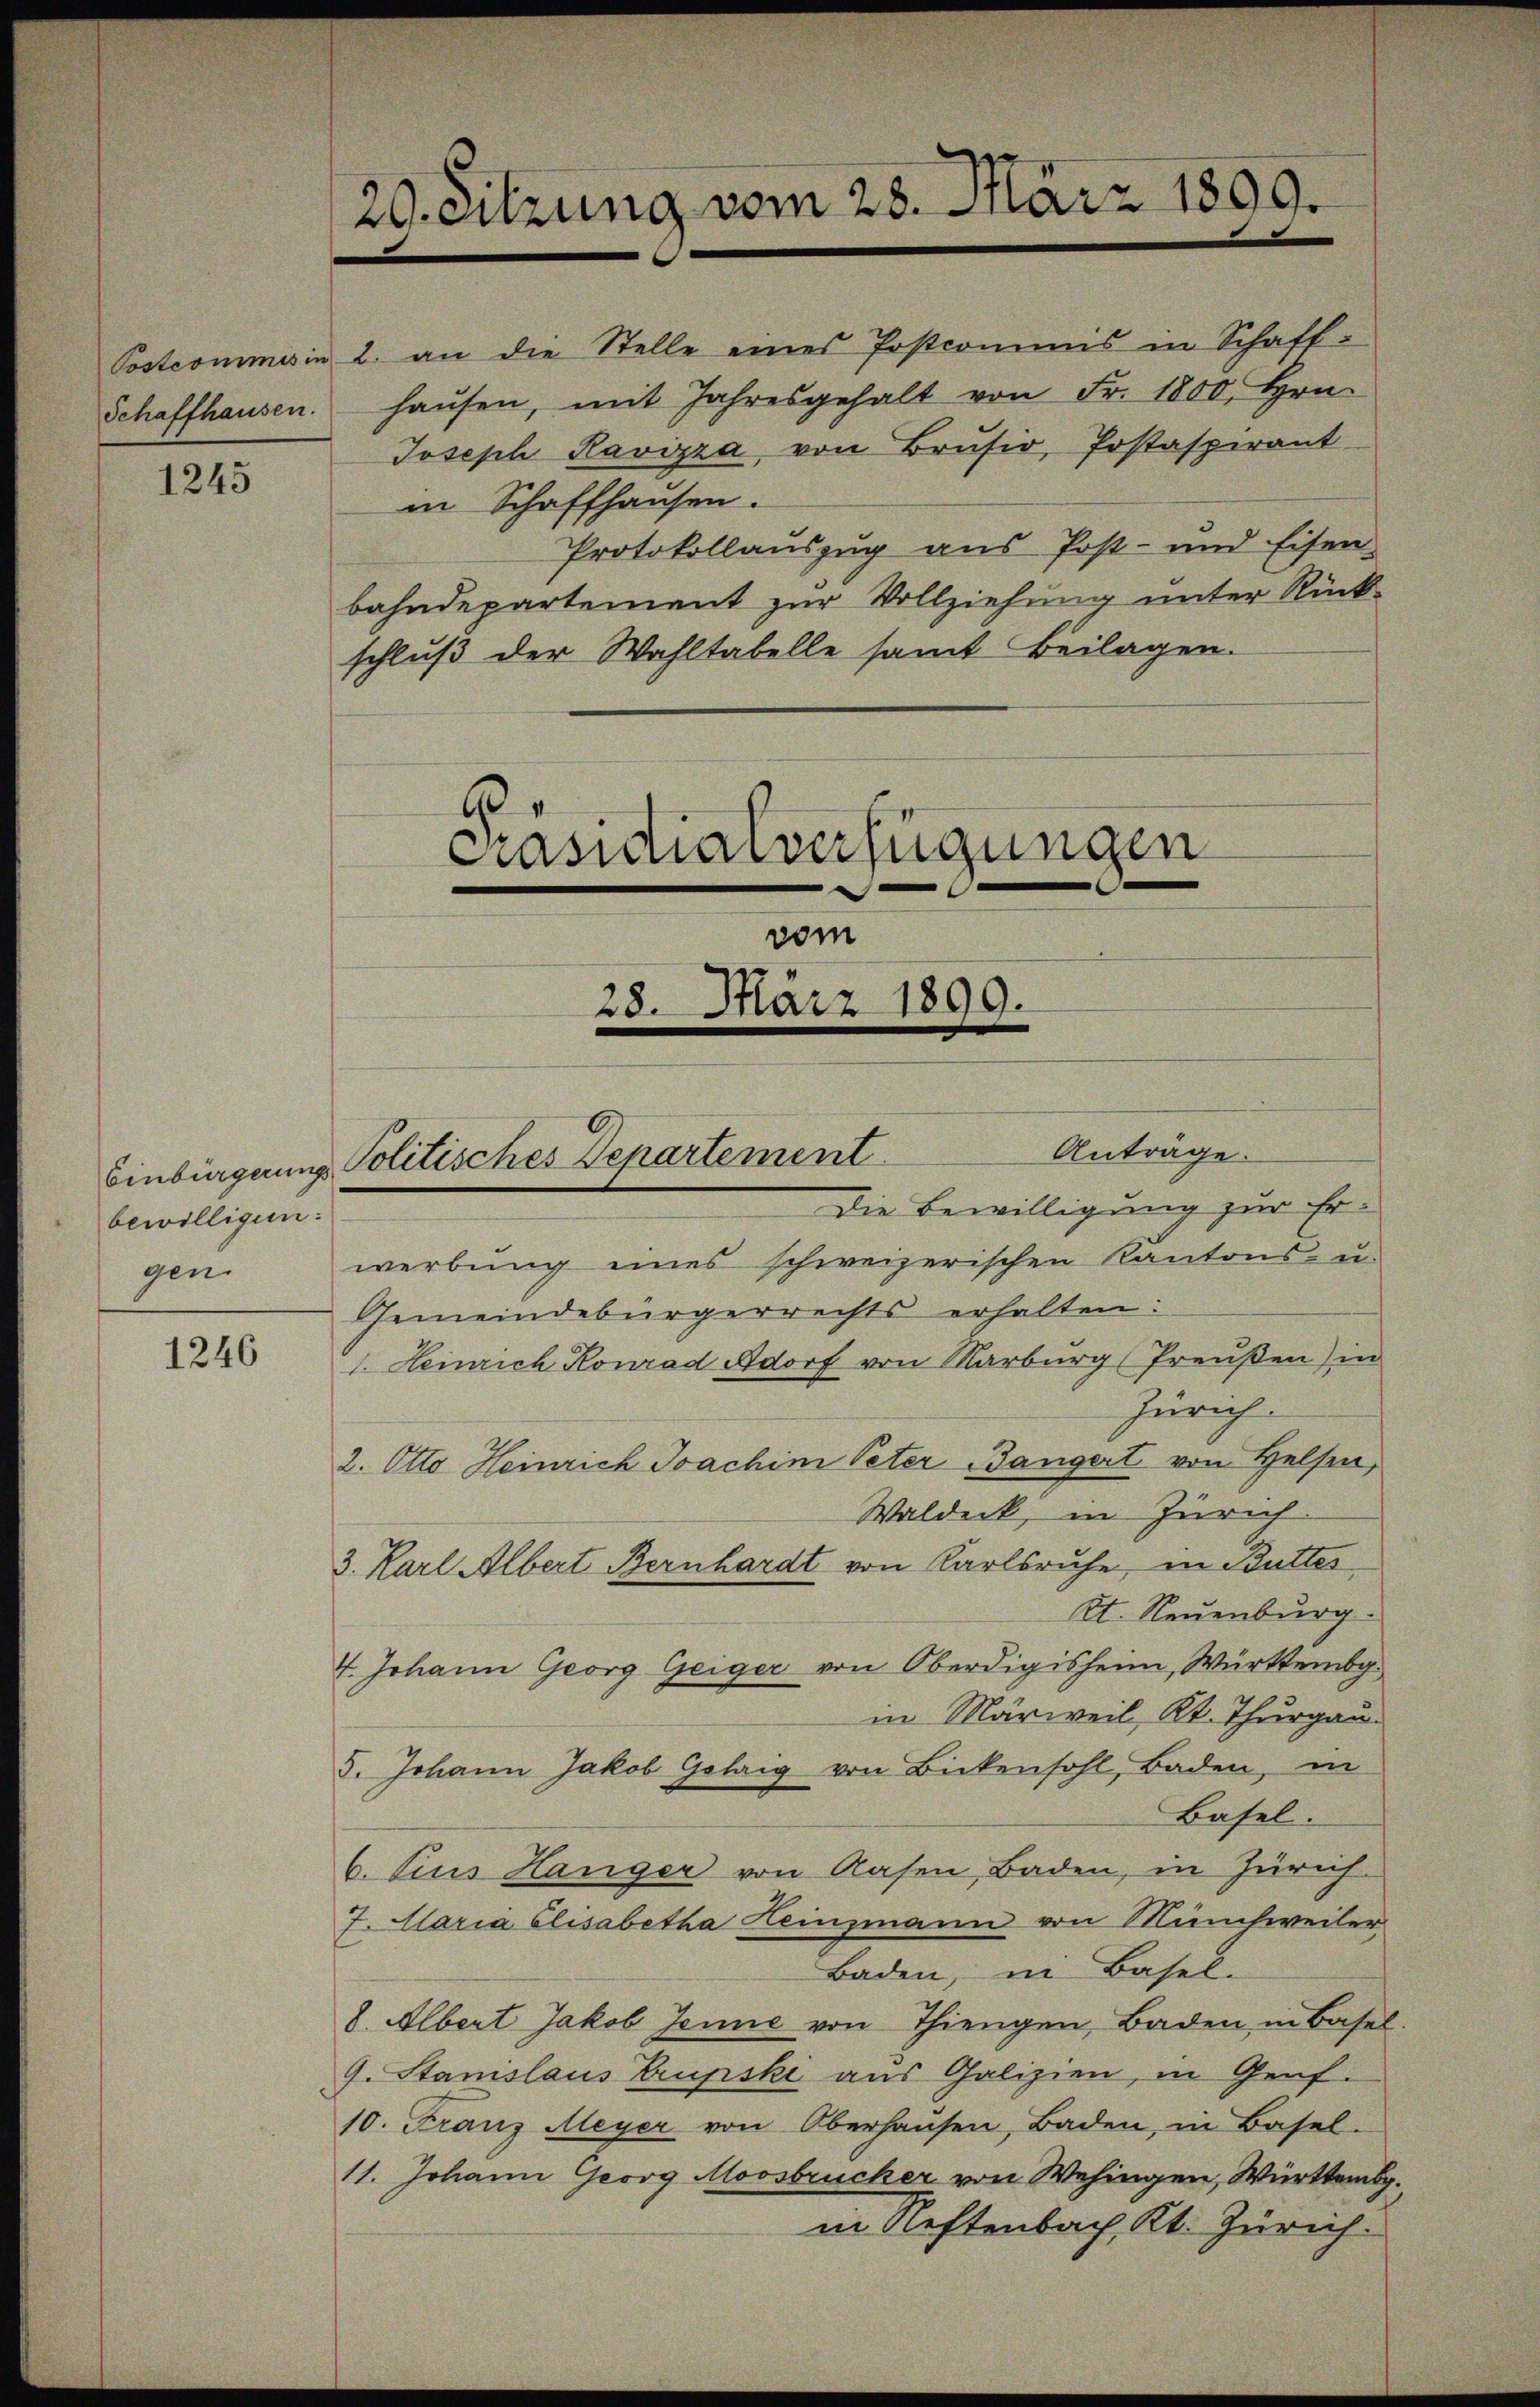
Schaffhausen.

1243

bewilligen:
gen.

1246

20. Sitzung vom 28. März 1809.

Postcommis in 2. an die Stelle eines Postcommis in Schaff-
haŭsen, mit Jahresgehalt von Fr. 1800. Hrn.
Joseph Ravizza, von Brusio, Postaspirant
in Schaffhausen.
Protokollauszug aus Post- und Eisen-
bahndepartement zur Vollziehung unter Rück¬

schlŭβ der Wahltabelle samt Beilagen.

Einbürgerung Politisches Departement

vom
28. März 1899.

Präsidialverfügungen

Anträge.
Die Bewilligung zur Er¬

werbung eines schweizerischen Kantons- u.
Gemeindebürgerrechts erhalten:
 Heinrich Konrad Adorf von Marburg (Preußen) in
Zürich.
2. Otto Heinrich Joachini Peter Bangert von Helfen,
Waldeck, in Zürich
3. Karl Albert Bernhardt von Karlsruhe, in Butter
Et. Neuenburg.
4. Johann Georg Geiger von Oberdigisheim, Württemb.
in Märweil, Kt. Thurgau.
5. Johann Jakob Golaig von Bickensohl, Baden, in
Basel.
6. Jus Hänger von Rasen Baden, in Zürich
7. Alaria Elisabetha Heinzmann von Münchweiler
Baden, in Basel-
8. Albert Jakob Jenne von Thiengen, Baden, in Basel
G. Stanislaus Krupski aus Galizien, in Genf.
10. Franz Meyer von Oberhaŭsen, Baden, in Basel-
11. Johann Georg Moosbrucker von Wehingen, Württemb.
in Neftenbach, Kt. Zürich.